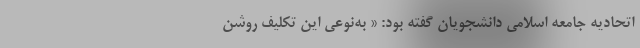
اتحادیه جامعه اسلامی دانشجویان گفته بود: « به‌نوعی این تکلیف روشن